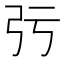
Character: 㢪